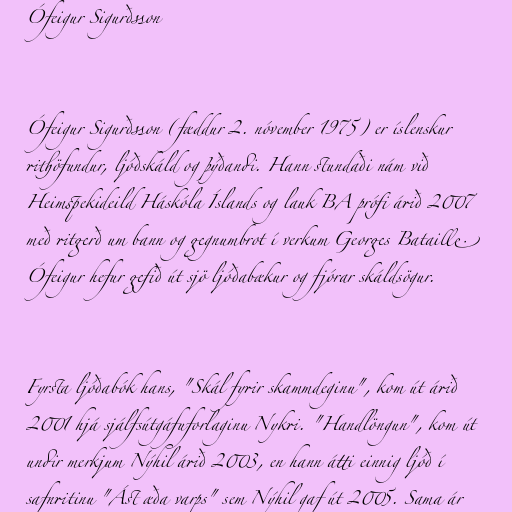
Ófeigur Sigurðsson

Ófeigur Sigurðsson (fæddur 2. nóvember 1975) er íslenskur
rithöfundur, ljóðskáld og þýðandi. Hann stundaði nám við
Heimspekideild Háskóla Íslands og lauk BA prófi árið 2007
með ritgerð um bann og gegnumbrot í verkum Georges Bataille.
Ófeigur hefur gefið út sjö ljóðabækur og fjórar skáldsögur.

Fyrsta ljóðabók hans, "Skál fyrir skammdeginu", kom út árið
2001 hjá sjálfsútgáfuforlaginu Nykri. "Handlöngun", kom út
undir merkjum Nýhil árið 2003, en hann átti einnig ljóð í
safnritinu "Ást æða varps" sem Nýhil gaf út 2005. Sama ár